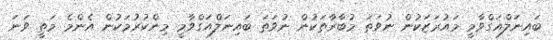
ބައިނަލްއަގްވާމީ މައުރަޒަކުން ނުވަތަ މުބާރާތަކުން ނުވަތަ ބައިނަލްއަގްވާމީ މިންކުރުމަކުން އެންމެ މަތީ ވަނަ